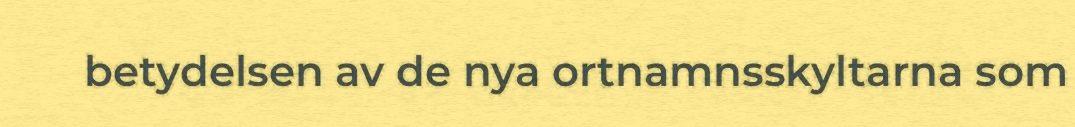
betydelsen av de nya ortnamnsskyltarna som